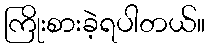
ကြိုးစားခဲ့ရပါတယ်။